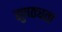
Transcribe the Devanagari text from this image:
सुपठ्यता